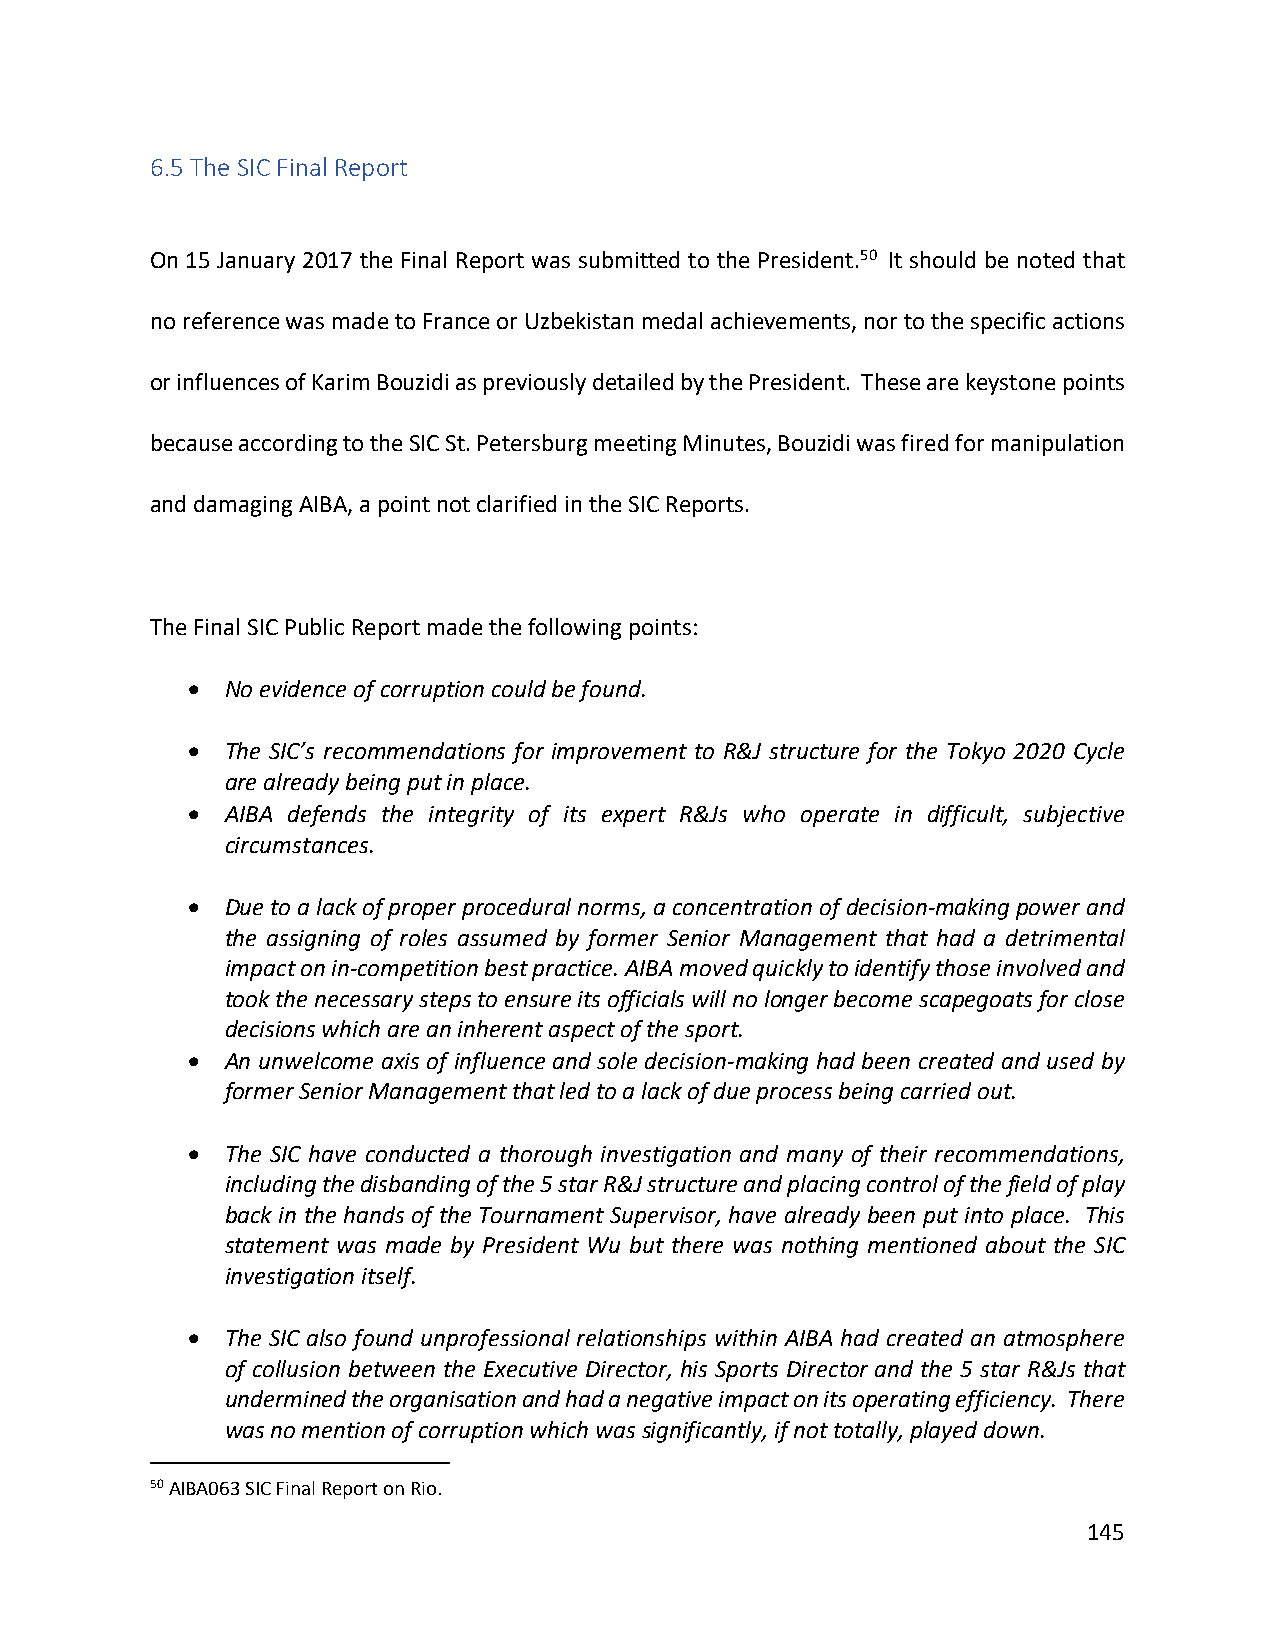
6.5 The SIC Final Report
 On 15 January 2017 the Final Report was submitted to the President.50 It should be noted that
 no reference was made to France or Uzbekistan medal achievements, nor to the specific actions
 or influences of Karim Bouzidi as previously detailed by the President. These are keystone points
 because according to the SIC St. Petersburg meeting Minutes, Bouzidi was fired for manipulation
 and damaging AIBA, a point not clarified in the SIC Reports.
 The Final SIC Public Report made the following points:
 •  No evidence of corruption could be found.
 •  The SIC’s recommendations for improvement to R&J structure for the Tokyo 2020 Cycle
 are already being put in place.
 •  AIBA defends the integrity of its expert R&Js who operate in difficult, subjective
 circumstances.
 •  Due to a lack of proper procedural norms, a concentration of decision-making power and
 the assigning of roles assumed by former Senior Management that had a detrimental
 impact on in-competition best practice. AIBA moved quickly to identify those involved and
 took the necessary steps to ensure its officials will no longer become scapegoats for close
 decisions which are an inherent aspect of the sport.
 •  An unwelcome axis of influence and sole decision-making had been created and used by
 former Senior Management that led to a lack of due process being carried out.
 •  The SIC have conducted a thorough investigation and many of their recommendations,
 including the disbanding of the 5 star R&J structure and placing control of the field of play
 back in the hands of the Tournament Supervisor, have already been put into place. This
 statement was made by President Wu but there was nothing mentioned about the SIC
 investigation itself.
 •  The SIC also found unprofessional relationships within AIBA had created an atmosphere
 of collusion between the Executive Director, his Sports Director and the 5 star R&Js that
 undermined the organisation and had a negative impact on its operating efficiency. There
 was no mention of corruption which was significantly, if not totally, played down.
 50 AIBA063 SIC Final Report on Rio.
 145